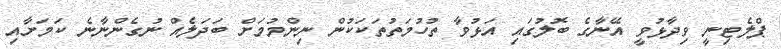
ޕްލެޓިނީ ވިދާޅުވީ އޭނާގެ ބޮލުގައި އަޅުވާ ތުހުމަތުތަކަކުން ނިންމުމަށް ބަދަލެއް ނުގެންނާނެ ކަމަށާއި